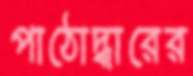
পাঠোদ্ধারের